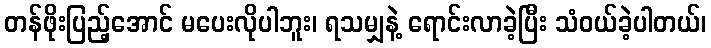
တန်ဖိုးပြည့်အောင် မပေးလိုပါဘူး၊ ရသမျှနဲ့ ရောင်းလာခဲ့ပြီး သံဝယ်ခဲ့ပါတယ်၊